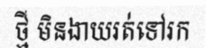
ថ្មី មិនងាយរត់ទៅរក